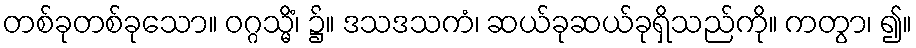
တစ်ခုတစ်ခုသော။ ဝဂ္ဂသ္မိံ၊ ၌။ ဒသဒသကံ၊ ဆယ်ခုဆယ်ခုရှိသည်ကို။ ကတွာ၊ ၍။